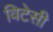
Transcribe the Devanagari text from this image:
विटेसी